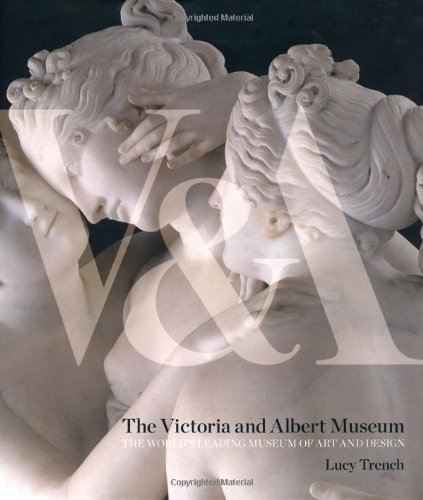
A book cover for The Victoria and Albert Museum; Lucy Trench; Travel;